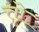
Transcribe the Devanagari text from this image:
त्तो